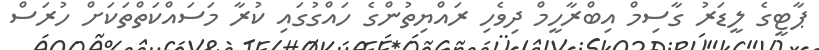
ޕާޓީގެ ލީޑަރު ގާސިމް އިބްރާހީމް ދިވެހި ރައްޔިތުންގެ ހައްގުގައި ކުރާ މަސައްކަތްތަކަށް ހުރަސް